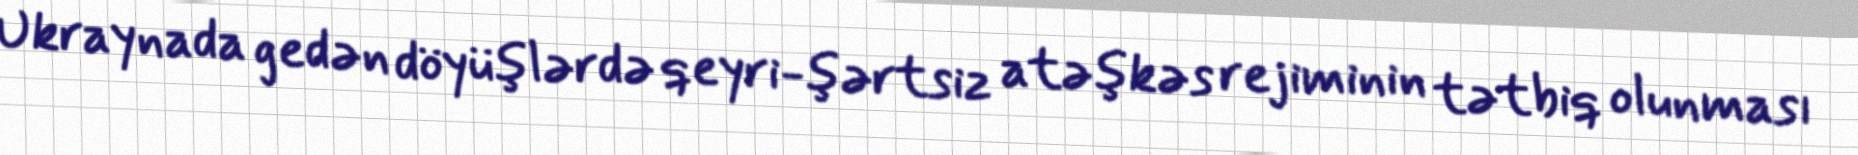
Ukraynada gedən döyüşlərdə qeyri-şərtsiz atəşkəs rejiminin tətbiq olunması